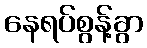
နေရပ်စွန့်ခွာ